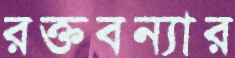
রক্তবন্যার